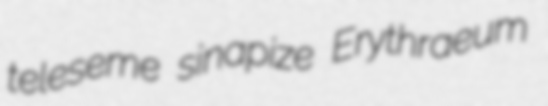
teleseme sinapize Erythraeum